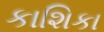
કાશિકા